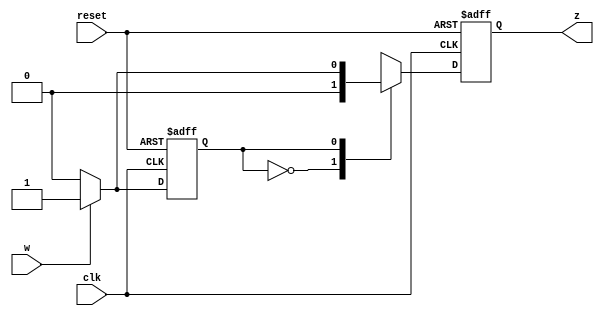
module mealy_fsm(w, clk, reset, z);

	input w, clk, reset;
	output reg z;
	
	reg present_state, next_state;
	
	parameter A = 1'b0, B = 1'b1;
	
	always @ (posedge clk, posedge reset)
	begin
		if (reset == 1)
		begin
			present_state = A;
			next_state = A;
			z = 0;
		end
		else
		begin
			present_state = next_state;
			//next state estimation
			case(present_state)
				A:
				if (w == 0)
				begin
					next_state = A;
					z = 0;
				end
				else
				begin
					next_state = B;
					z = 0;
				end
				B:
				if (w == 0)
				begin
					next_state = A;
					z = 0;
				end
				else
				begin
					next_state = B;
					z = 1;
				end
			endcase
		end
	end
endmodule